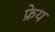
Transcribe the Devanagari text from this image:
फ्रेय